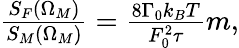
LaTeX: \begin{array}{r}{\frac{S_{F}(\Omega_{M})}{S_{M}(\Omega_{M})}=\frac{8\Gamma_{0}k_{B}T}{F_{0}^{2}\tau}m,}\end{array}